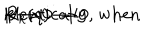
R _ { k } ( q ) \to 0 \hspace { 0 . 5 c m } \mathrm { i d e n t i c a l l y , } \ \mathrm { w h e n } \hspace { 0 . 5 c m } k \to 0 \hspace { 0 . 5 c m }